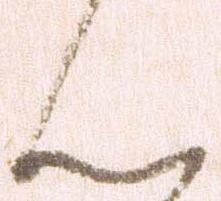
ん